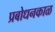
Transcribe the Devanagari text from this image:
प्रबोधनकाळ